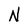
Character: N